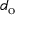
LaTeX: d _ { \mathrm { o } }